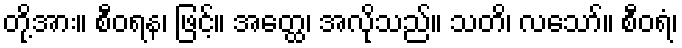
တို့အား။ စီဝရန၊ ဖြင့်။ အတ္ထေ၊ အလိုသည်။ သတိ၊ လသော်။ စီဝရံ၊